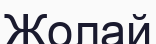
Жолай